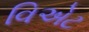
વિએટ